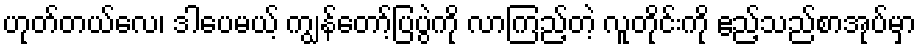
ဟုတ်တယ်လေ၊ ဒါပေမယ့် ကျွန်တော့်ပြပွဲကို လာကြည့်တဲ့ လူတိုင်းကို ဧည့်သည်စာအုပ်မှာ